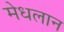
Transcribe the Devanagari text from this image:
मेधलान